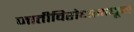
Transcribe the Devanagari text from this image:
जातीविरोधामधून